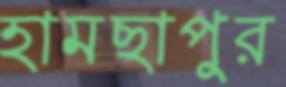
হামছাপুর